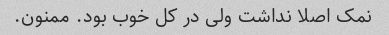
نمک اصلا نداشت ولی در کل خوب بود. ممنون.